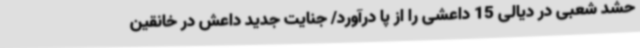
حشد شعبی در دیالی 15 داعشی را از پا درآورد/ جنایت جدید داعش در خانقین